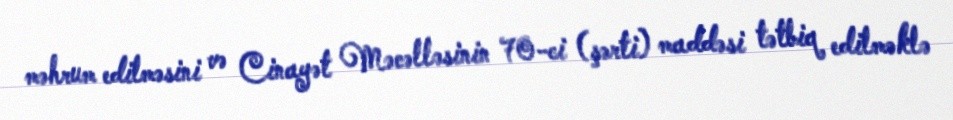
məhrum edilməsini və Cinayət Məcəlləsinin 70-ci (şərti) maddəsi tətbiq edilməklə